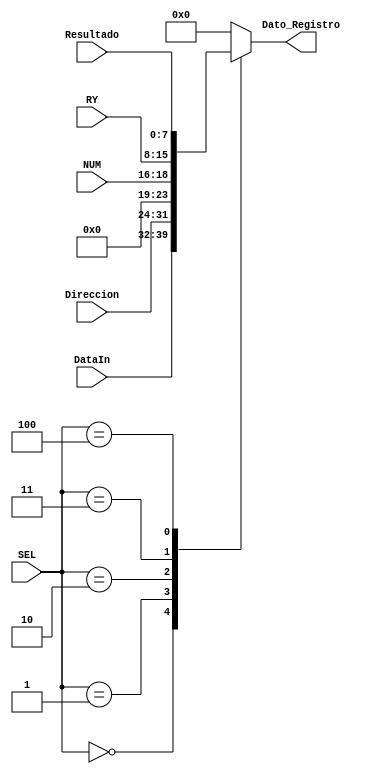
`timescale 1ns / 1ps
//////////////////////////////////////////////////////////////////////////////////
// Company: 
// Engineer: 
// 
// Design Name: 
// Module Name: Data_Sel
// Project Name: 
// Target Devices: 
// Tool Versions: 
// Description: 
// 
// Dependencies: 
// 
// Revision:
// Revision 0.01 - File Created
// Additional Comments:
// 
//////////////////////////////////////////////////////////////////////////////////


module Data_Sel(
    input [7:0] DataIn,
    input [7:0] Direccion,
    input [2:0] NUM,
    input [7:0] RY,
    input [7:0] Resultado,
    input [2:0] SEL,
    output reg [7:0] Dato_Registro
    );
    
    always@(*)
        case(SEL)
            0: Dato_Registro <= DataIn;
            1: Dato_Registro <= Direccion;
            2: Dato_Registro <= NUM;
            3: Dato_Registro <= RY;
            4: Dato_Registro <= Resultado;
            default Dato_Registro <= 0;
        endcase
endmodule